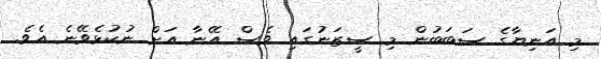
މި އަނިޔާގެ ސަބަބުން މި ސީޒަނުގައި ވެސް އޭނާ އަށް ނުކުޅެވޭނެ އެވެ.